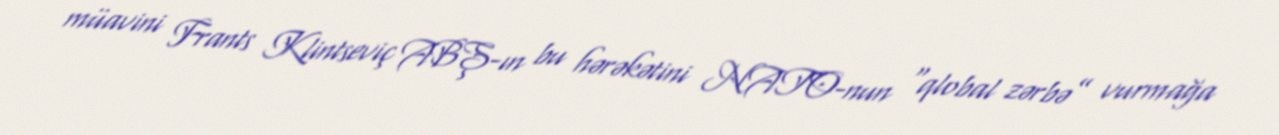
müavini Frants Klintseviç ABŞ-ın bu hərəkətini NATO-nun “qlobal zərbə” vurmağa